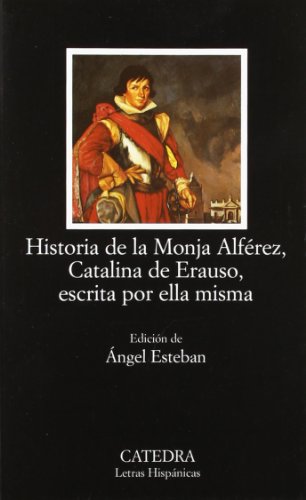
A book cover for Historia de la Monja Alferez, Catalina de Erauso, escrita por ella misma (COLECCION LETRAS HISPANICAS) (Letras Hispanicas / Hispanic Writings) (Spanish Edition); Dona Catalina de Erauso; Biographies & Memoirs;